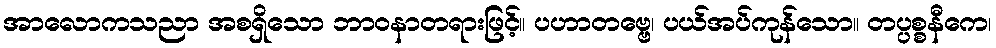
အာလောကသညာ အစရှိသော ဘာဝနာတရားဖြင့်။ ပဟာတဗ္ဗေ၊ ပယ်အပ်ကုန်သော။ တပ္ပစ္စနီကေ၊